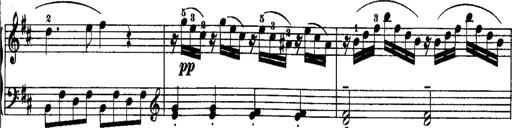
Title: Rondos and Sonatinas for Pianoforte
Composer: Daniel Steibelt